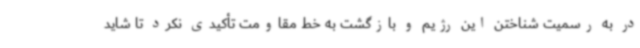
در به رسمیت شناختن این رژیم و بازگشت به خط مقاومت تأکیدی نکرد تا شاید